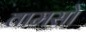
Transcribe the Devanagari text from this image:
तामसो